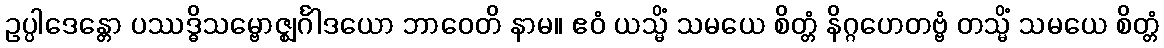
ဥပ္ပါဒေန္တော ပဿဒ္ဓိသမ္ဗောဇ္ဈင်္ဂါဒယော ဘာဝေတိ နာမ။ ဧဝံ ယသ္မိံ သမယေ စိတ္တံ နိဂ္ဂဟေတဗ္ဗံ တသ္မိံ သမယေ စိတ္တံ